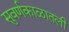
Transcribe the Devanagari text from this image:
सुवर्णकाळातली